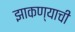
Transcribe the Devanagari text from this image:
झाकण्याची